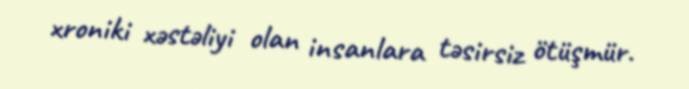
xroniki xəstəliyi olan insanlara təsirsiz ötüşmür.